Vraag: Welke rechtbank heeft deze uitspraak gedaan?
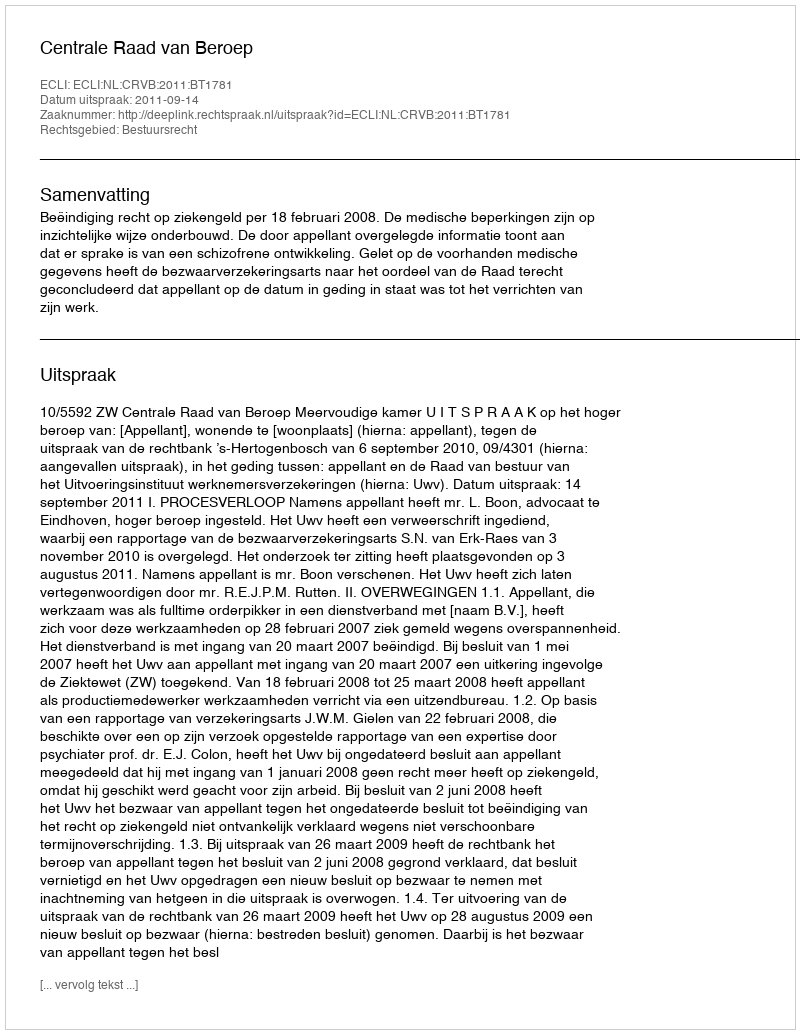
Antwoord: Centrale Raad van Beroep